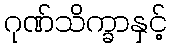
ဂုဏ်သိက္ခာနှင့်